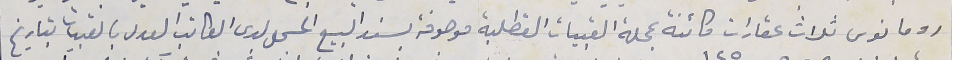
رومانوس ثلاث عقارات كائنة بمحلة القبيات القطلبة موصوفة بسند البيع المسجل لدى الكاتب العدل بالقبيات بتاريخ